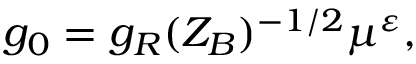
g _ { 0 } = g _ { R } ( Z _ { B } ) ^ { - 1 / 2 } \mu ^ { \varepsilon } ,